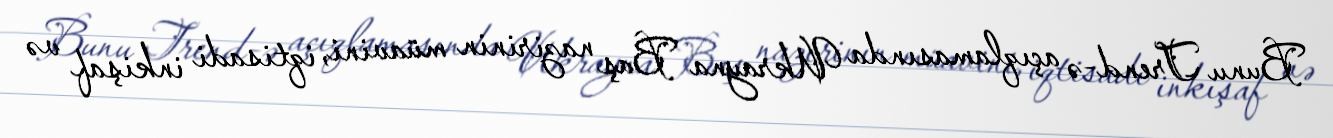
Bunu Trend-ə açıqlamasında Ukrayna Baş nazirinin müavini, iqtisadi inkişaf və